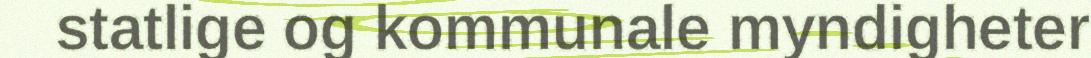
statlige og kommunale myndigheter